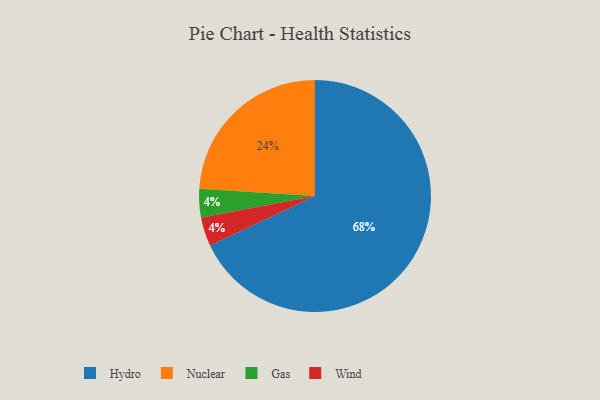
{"axis": {"x": "Category", "y": "Percentage"}, "legend": ["Gas", "Hydro", "Nuclear", "Wind"], "data": [{"x": "Nuclear", "y": 24, "type": "Nuclear"}, {"x": "Gas", "y": 4, "type": "Gas"}, {"x": "Hydro", "y": 68, "type": "Hydro"}, {"x": "Wind", "y": 4, "type": "Wind"}]}